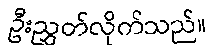
ဦးညွှတ်လိုက်သည်။